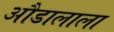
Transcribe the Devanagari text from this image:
औडालाला